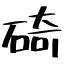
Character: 碕